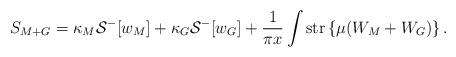
LaTeX: \begin{align*}S_{M+G} = \kappa_M {\cal S}^-[w_M] + \kappa_G {\cal S}^-[w_G]+\frac{1}{\pi x} \int\mbox{str} \left\{ \mu ( W_M + W_G) \right\}.\end{align*}